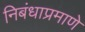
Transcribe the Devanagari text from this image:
निबंधाप्रमाणे